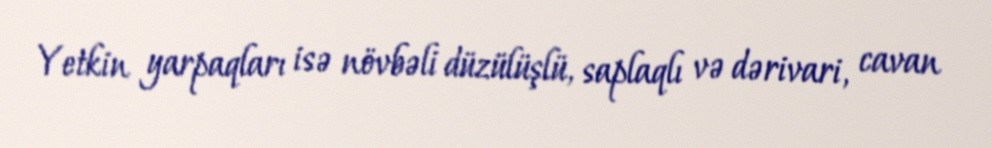
Yetkin yarpaqları isə növbəli düzülüşlü, saplaqlı və dərivari, cavan